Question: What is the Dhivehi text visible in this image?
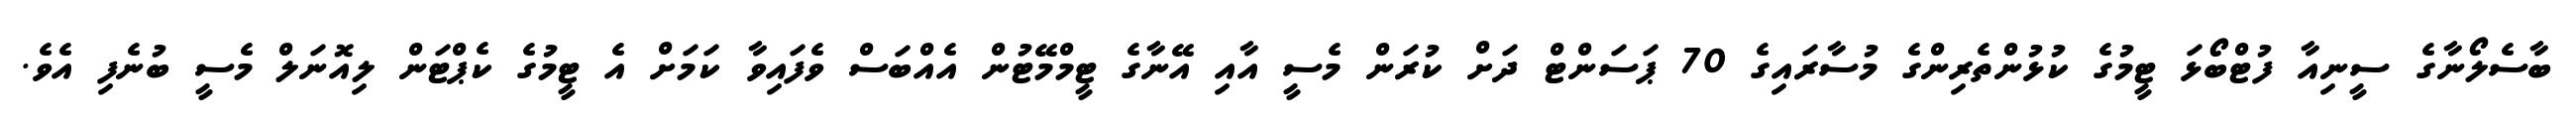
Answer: ބާސެލޯނާގެ ސީނިއާ ފުޓްބޯޅަ ޓީމުގެ ކުޅުންތެރިންގެ މުސާރައިގެ 70 ޕަސަންޓް ދަށް ކުރަން މެސީ އާއި އޭނާގެ ޓީމްމޭޓުން އެއްބަސް ވެފައިވާ ކަމަށް އެ ޓީމުގެ ކެޕްޓަން ލިއޮނަލް މެސީ ބުނެފި އެވެ.